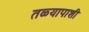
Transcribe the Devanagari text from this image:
तळ्यापाशी